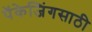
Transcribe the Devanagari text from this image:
पॅकेजिंगसाठी